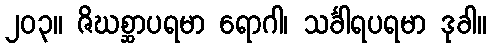
၂၀၃။ ဇိဃစ္ဆာပရမာ ရောဂါ၊ သင်္ခါရပရမာ ဒုခါ။